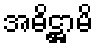
အဓိဋ္ဌာမိ